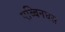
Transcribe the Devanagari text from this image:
एब्बिनघस